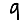
Digit: 9